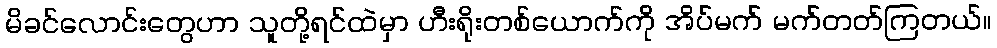
မိခင်လောင်းတွေဟာ သူတို့ရင်ထဲမှာ ဟီးရိုးတစ်ယောက်ကို အိပ်မက် မက်တတ်ကြတယ်။